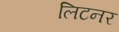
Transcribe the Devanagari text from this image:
लिटनर